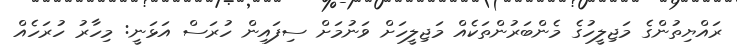
ރައްޔިތުންގެ މަޖިލީހުގެ މެންބަރުންތަކެއް މަޖިލީހަށް ވަނުމަށް ސިފައިން ހުރަސް އަޅަނީ: މިހާރު ހުރަހެއް